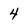
Character: 4